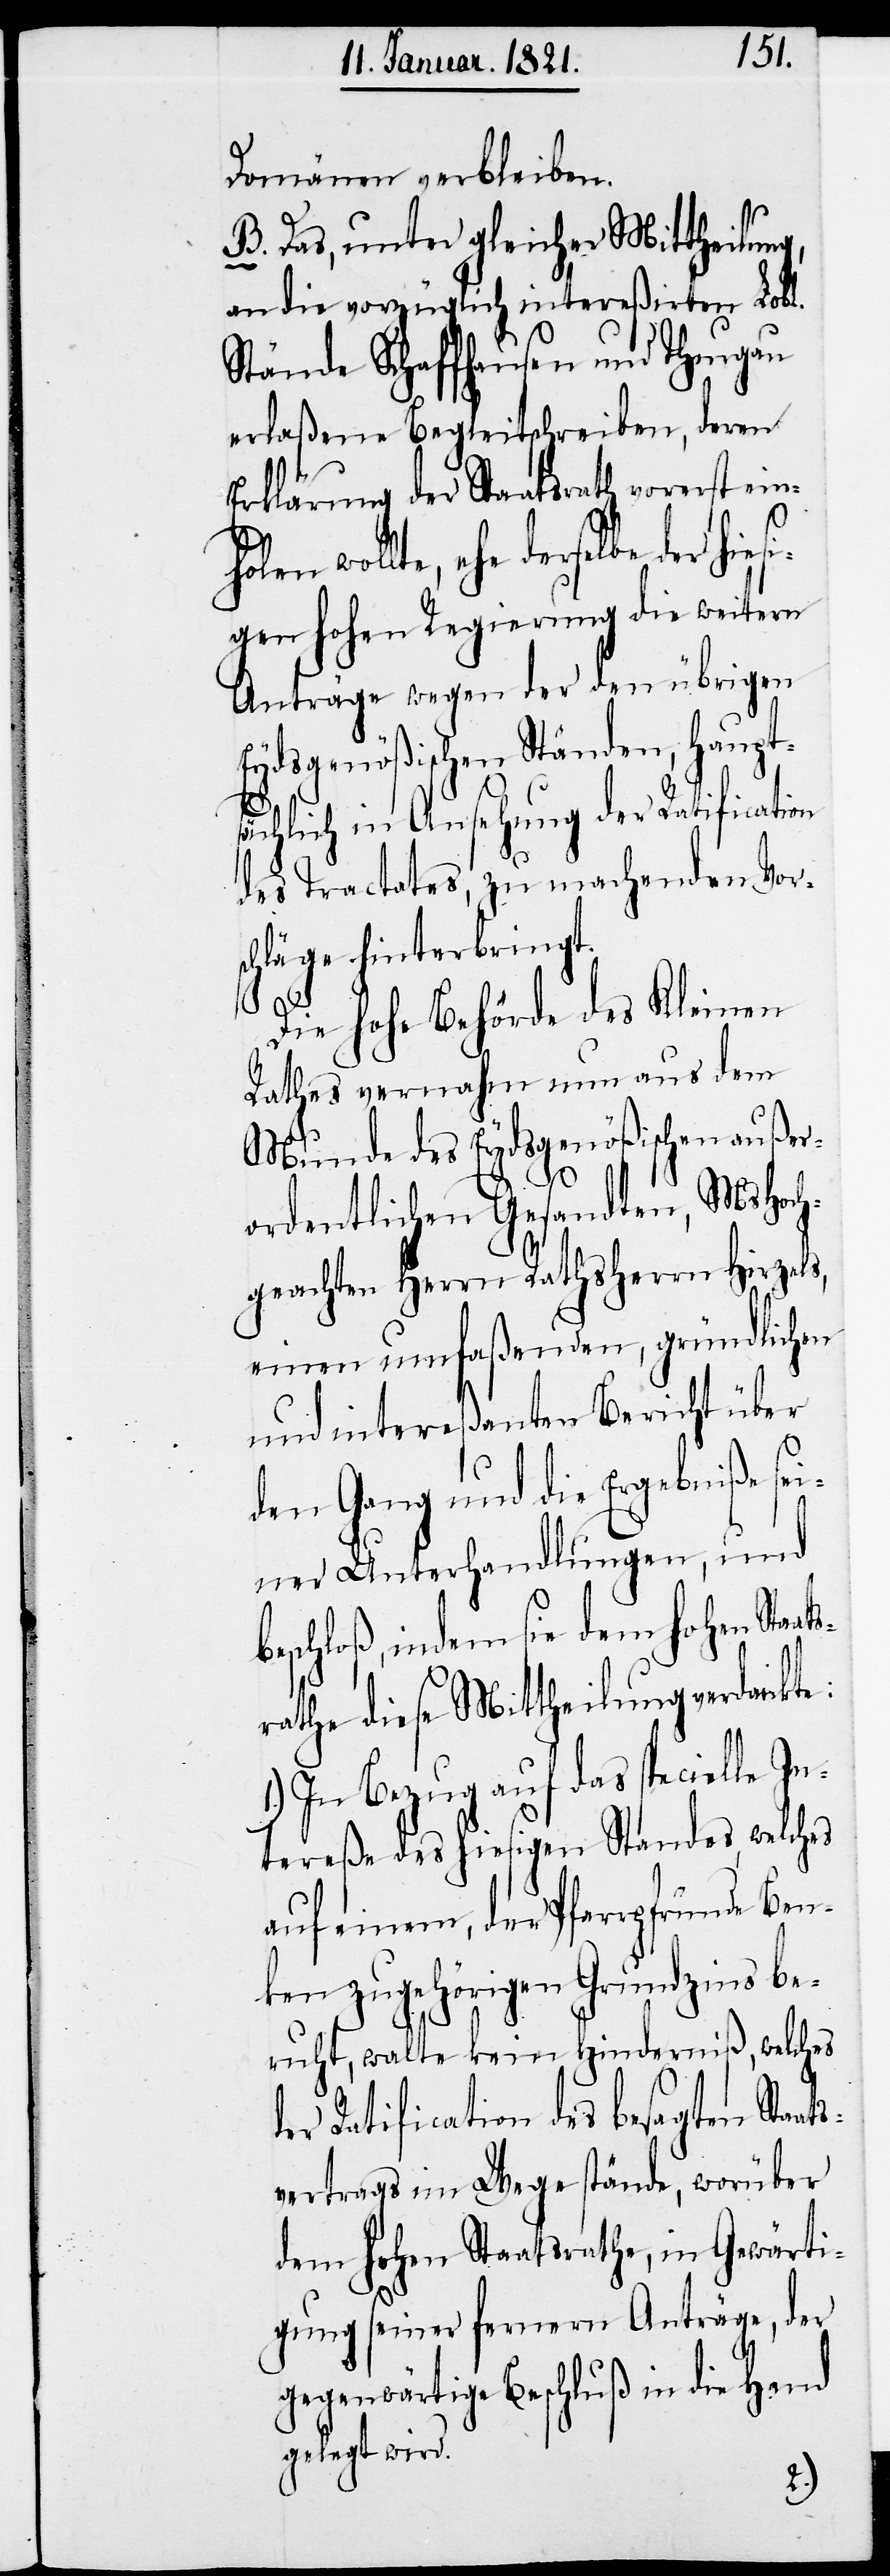
Domänen verbleiben.
B. Das, unter gleicher Mittheilung,
an die vorzüglich intereßirten Lobl.
Stände Schaffhausen und Thurgau
erlaßene Begleitschreiben, deren
Erklärung der Staatsrath vorerst ein¬
derselbe der hiesi¬
gen hohen Regierung die weitern
Anträge wegen der den übrigen
Eydsgenößischen Ständen, haupt¬
sächlich in Ansehung der Ratification
des Tractates, zu machenden Vor¬
schläge hinterbringt.
ts¬
Die hohe Behörde des Kleinen
Rathes vernahm nun aus dem
Munde des Eydsgenößischen außer¬
ordentlichen Gesandten, MsHoch¬
geachten Herrn Rathsherrn Hirzels,
einen umfaßenden, gründlichen
und intereßanten Bericht über
den Gang und die Ergebniße sei¬
ner Unterhandlungen, und
beschloß, indem sie dem hohen Staa¬
rathe diese Mittheilung verdankte:
1.) In Bezug auf das specielle In¬
tereße des hiesigen Standes, welches
auf einen, der Pfarrpfründe Be¬
nken zugehörigen Grundzins be¬
ruht, walte kein Hinderniß, welches
der Ratification des besagten Staa¬
vertrages im Wege stände, worüber
dem hohen Staatsrathe, in Gewärti¬
gung seiner fernern Anträge, der
gegenwärtige Beschluß in die Hand
gelegt wird.